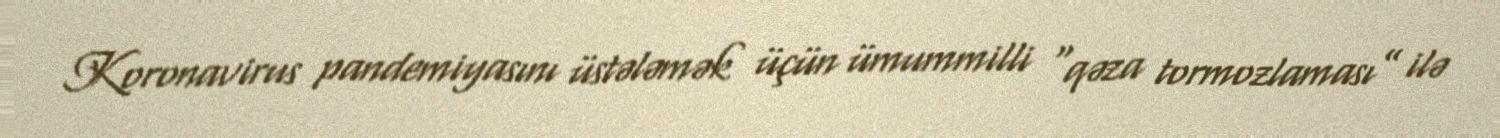
Koronavirus pandemiyasını üstələmək üçün ümummilli “qəza tormozlaması” ilə